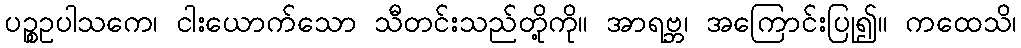
ပဉ္စဥပါသကေ၊ ငါးယောက်သော သီတင်းသည်တို့ကို။ အာရဗ္ဘ၊ အကြောင်းပြု၍။ ကထေသိ၊